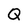
Character: Q